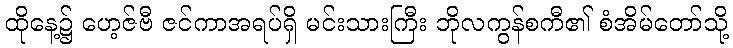
ထိုနေ့၌ ဟေ့ဇ်ဗီ ဇင်ကာအရပ်ရှိ မင်းသားကြီး ဘိုလကွန်စကီ၏ စံအိမ်တော်သို့